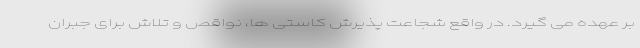
بر عهده می گیرد. در واقع شجاعت پذیرش کاستی ها، نواقص و تلاش برای جبران